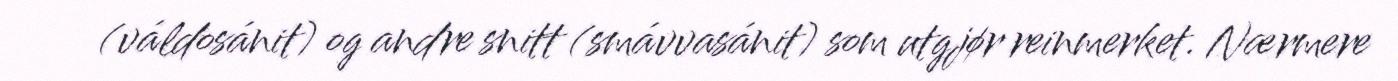
(váldosánit) og andre snitt (smávvasánit) som utgjør reinmerket. Nærmere